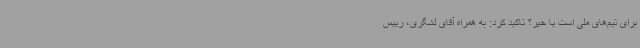
برای تیم‌های ملی است یا خیر؟ تاکید کرد: به همراه آقای لشگری، رییس